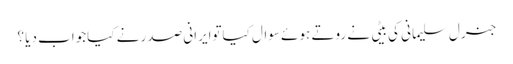
جنرل سلیمانی کی بیٹی نے روتے ہوئے سوال کیاتوایرانی صدر نے کیاجواب دیا ؟